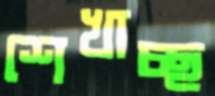
শেখাচ্ছ